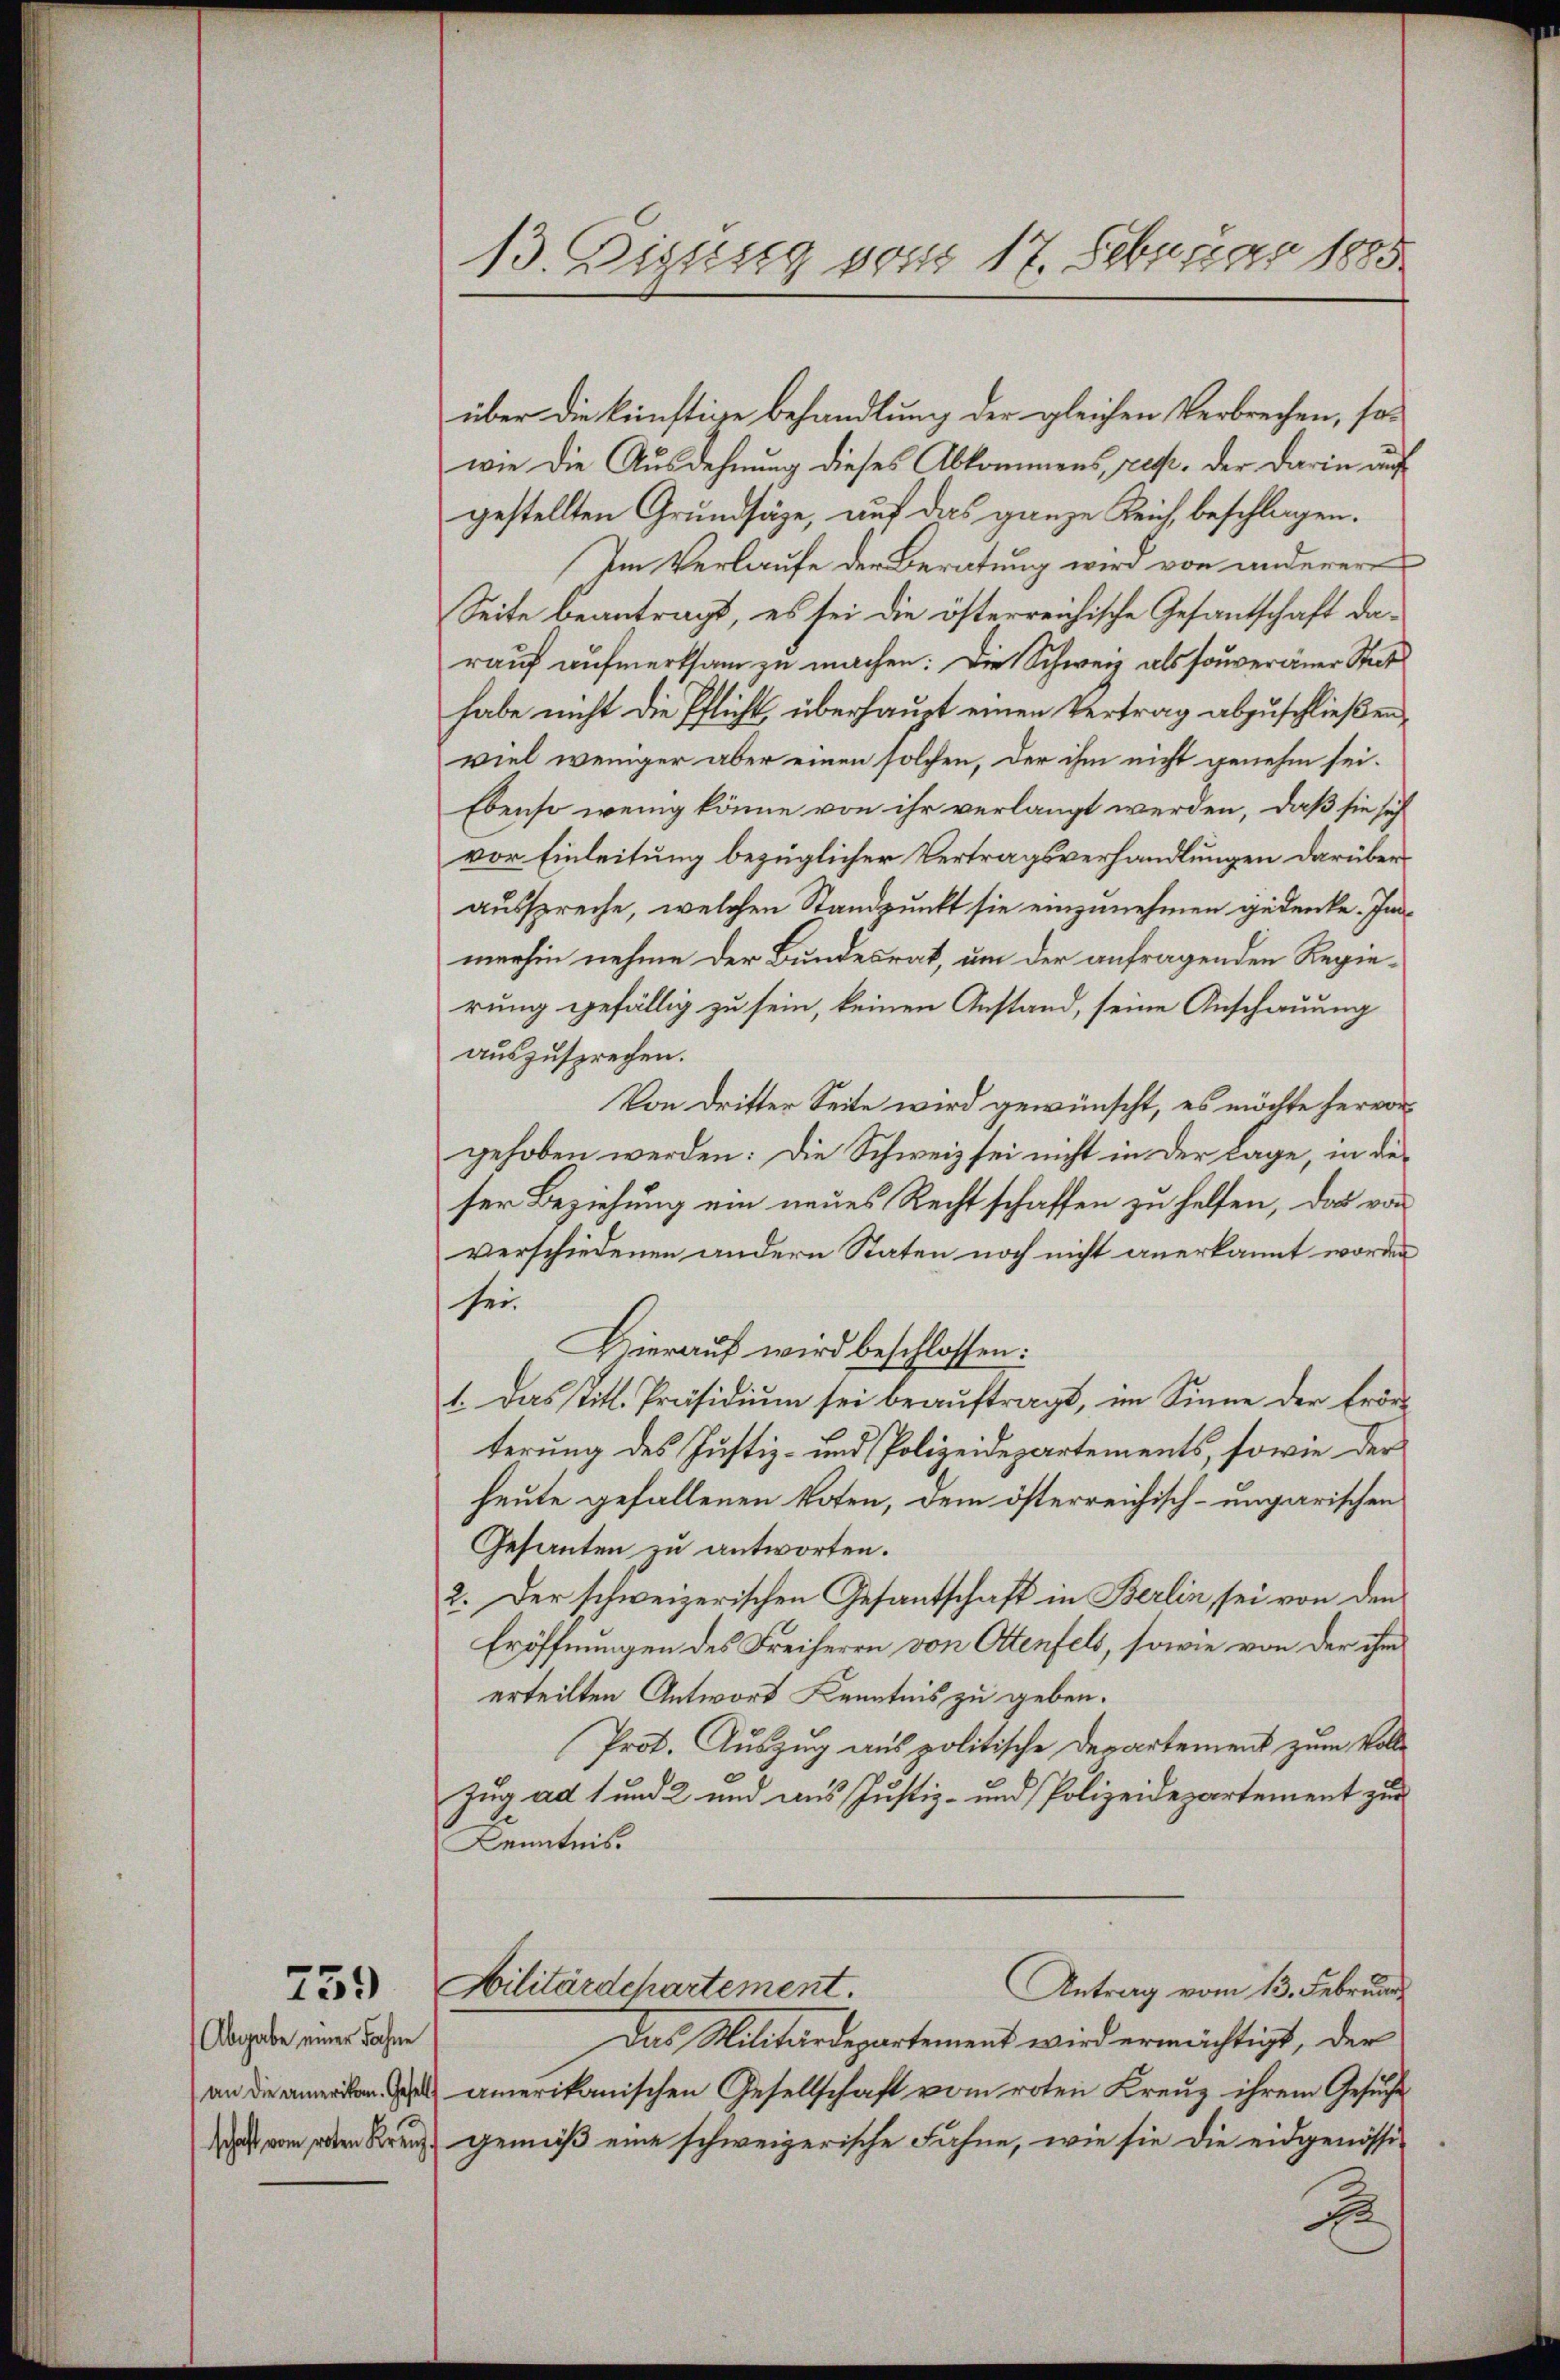
759

Abgabe einer Fahne

über die künftige Behandlung der gleichen Verbrechen, so-
wie die Ausdehnung dieses Abkommens, rest. der darin auf
gestellten Grundsäge, auf das ganze Reich beschlagen.
Im Verlaufe der Beratung wird von anderer
Seite beantragt, es sei die österreichische Gesantschaft da-
rauf aufmerksam zu machen. Die Schweiz als souveräner Stat
habe nicht die Pflicht, überhaupt einen Vertrag abzuschließen,
viel weniger aber einen solchen, der ihm nicht genehm sei.
Ebenso wenig könne von ihr verlangt werden, daß sie sich
vor Einleitung bezüglicher Vertragsverhandlungen darüberausspreche, welchen Standpunkt sie einzunehmen gedenke. Inmerhin nehme der Bundesrat, um der anfragenden Regierung gefällig zu sein, keinen Anstand, seine Anschauung
auszusprechen.
Von Dritter Seite wird gewünscht, es möchte hervorgehoben werden: Die Schweiz sei nicht in der Lage, in die-
ser Beziehung ein neues Rechtschaffen zu helfen, das von
verschiedenen andern Staten noch nicht anerkannt worden
sei
Hierauf wird beschlossen:
1. Das titl. Präsidiŭm sei beaŭftragt, im Sinne der Erör-
terung des Justiz- und Polizeidepartements, sowie der
heute gefallenen Boten, dem österreichisch-ungarischen
Gesanten zu antworten.
2. Der schweizerischen Gesantschaft in Berlin sei von den
Eröffnungen des Freiherrn von Ottenfels, sowie von der ihm
erteilten Antwort Kenntnis zu geben.
Prot. Auszug aus politische Departement zum Voll¬
Zug ad 1 und 2 und aus Justiz- und Polizeidepartement zur
Kenntnis.
Militärdchartement.
Antrag vom 13. Februar
Das Militärdepartement wird ermächtigt, der
ann amerikanischen Gesellschaft vom roten Kreuz ihrem Gesuche
das vom den Kreuz gemäß eine schweizerische Fahne, wie sie die eidgenössi¬
B

13. Figung vom 17. Februar 1885